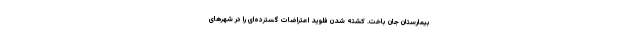
بیمارستان جان باخت. کشته شدن فلوید اعتراضات گسترده‌ای را در شهرهای